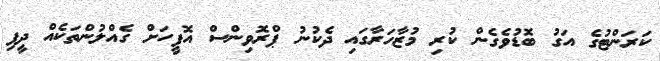
ކަރަންޓުގެ އަގު ބޮޑުވެގެން ކުރި މުޒާހަރާގައި ދެކުނު ޕްރޮވިންސް އޮފީހަށް ގެއްލުންތަކެއް ދީފި